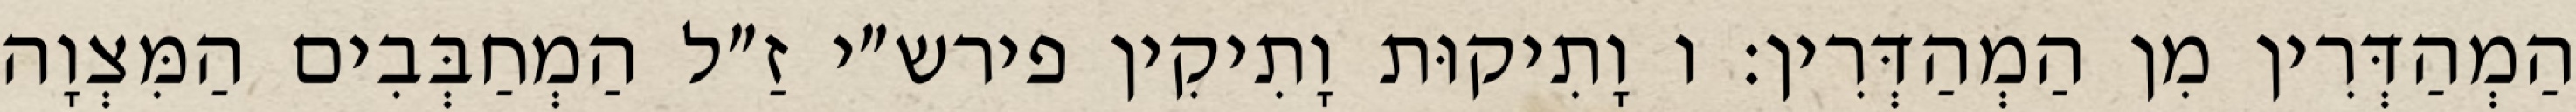
הַמְהַדְּרִין מִן הַמְהַדְּרִין: ו וָתִיקוּת וָתִיקִין פירש״י זַ״ל הַמְחַבְּבִים הַמִּצְוָה